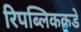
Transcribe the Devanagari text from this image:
रिपब्लिककडे